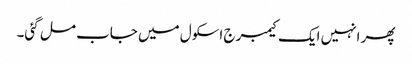
پھر انہیں ایک کیمبرج اسکول میں جاب مل گئی۔